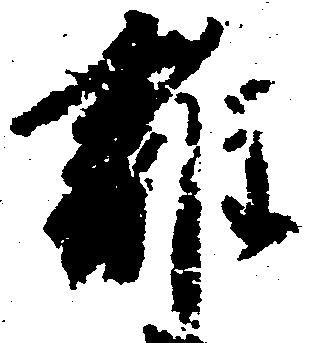
雑